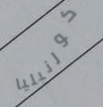
كورنيليا